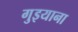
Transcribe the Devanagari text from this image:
गुइयाना